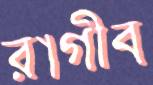
রাগীব